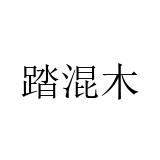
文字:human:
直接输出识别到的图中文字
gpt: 踏混木